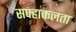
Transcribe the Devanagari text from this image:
सफ्हाकलता